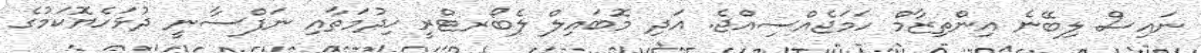
ނައިސް ލިބޭނެ އިންތިޒާމް ހަމަޖެއްސިއްޖެ. އަދި މޮބައިލް ލެބޯރޓްރީ ޚިދުމަތާއި ނަފްސާނީ ދުޅަހެޔޮކަމުގެ